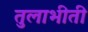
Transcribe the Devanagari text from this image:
तुलाभीती